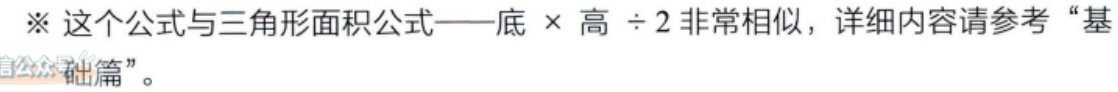
这个公式与三角形面积公式——底 × 高 ÷ 2非常相似，详细内容请参考“基 础篇”。